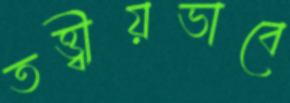
তত্ত্বীয়ভাবে